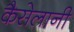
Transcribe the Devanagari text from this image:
कैसेलानी